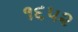
૧૬૫૨